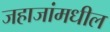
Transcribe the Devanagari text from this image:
जहाजांमधील